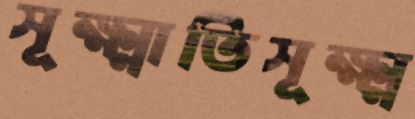
সূক্ষ্মাতিসূক্ষ্ম